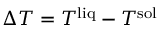
\Delta T = T ^ { \mathrm { l i q } } - T ^ { \mathrm { s o l } }